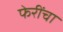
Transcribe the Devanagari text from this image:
फेरींचा